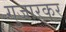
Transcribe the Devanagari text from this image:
गुजारकर